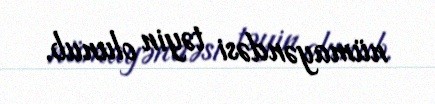
nümayəndəsi təyin olunub.